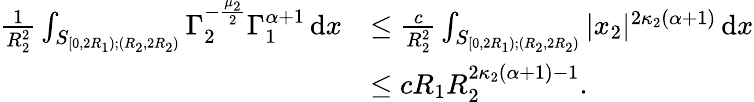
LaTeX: \begin{array}{rl}{\frac{1}{R_{2}^{2}}\int_{S_{[0,2R_{1});(R_{2},2R_{2})}}\Gamma_{2}^{-\frac{\mu_{2}}{2}}\Gamma_{1}^{\alpha+1}\, \mathrm{d}x}&{\leq\frac{c}{R_{2}^{2}}\int_{S_{[0,2R_{1});(R_{2},2R_{2})}}|x_{2}|^{2\kappa_{2}(\alpha+1)}\, \mathrm{d}x}\\ &{\leq cR_{1}R_{2}^{2\kappa_{2}(\alpha+1)-1}.}\end{array}